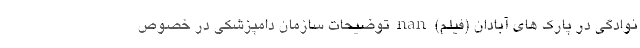
نوادگی در پارک های آبادان (فیلم) nan توضیحات سازمان دامپزشکی در خصوص